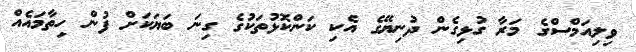
ވިލިއަމްސްގެ މަރާ ގުޅިގެން ދުނިޔޭގެ އެކި ކަންކޮޅުތަކުގެ ގިނަ ބަޔަކަށް ފުން ހިތާމައެއް